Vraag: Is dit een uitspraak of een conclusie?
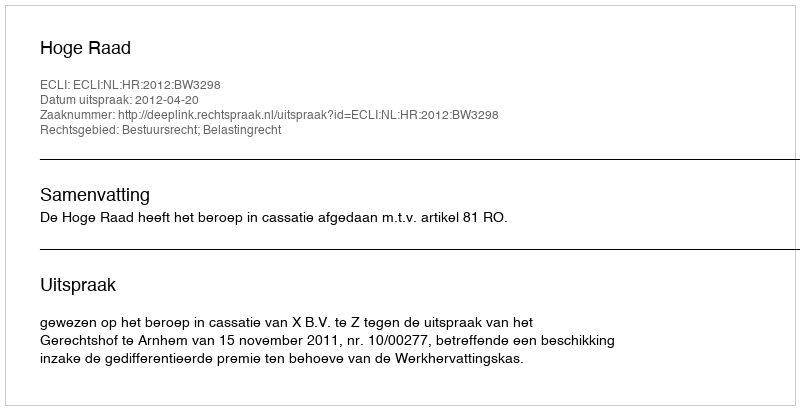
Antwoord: Uitspraak